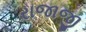
રાજાજી